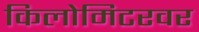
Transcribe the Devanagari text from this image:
किलोमिटरवर